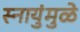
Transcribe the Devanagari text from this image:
स्नायुंमुळे